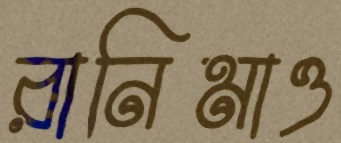
রানিমাও